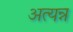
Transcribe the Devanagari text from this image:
अत्यन्न